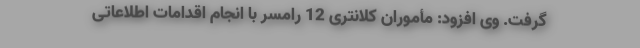
گرفت. وی افزود: مأموران کلانتری 12 رامسر با انجام اقدامات اطلاعاتی